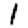
Digit: 1